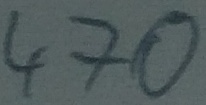
Text: 470